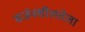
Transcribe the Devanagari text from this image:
सर्जनशीलतेला